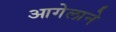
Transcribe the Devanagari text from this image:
आगेलाने